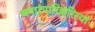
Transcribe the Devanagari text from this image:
अपारंपारिकरित्या